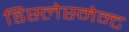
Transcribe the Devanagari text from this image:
डिस्लेस्मेन्ट